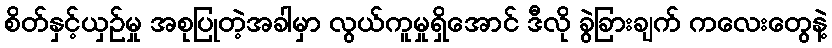
စိတ်နှင့်ယှဉ်မှု အစုပြုတဲ့အခါမှာ လွယ်ကူမှုရှိအောင် ဒီလို ခွဲခြားချက် ကလေးတွေနဲ့